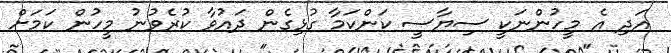
އަދި އެ މީހުންނަކީ ސިޔާސީ ކަންކަމާ ގުޅިގެން ދައުވާ ކުރެވުނު މީހުން ކަމަށް